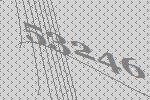
53246